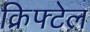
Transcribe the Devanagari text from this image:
क्रिफ्टेल